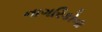
નાગરિકોના